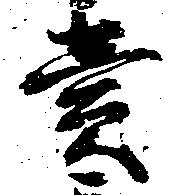
売